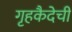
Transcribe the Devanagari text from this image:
गृहकैदेची